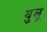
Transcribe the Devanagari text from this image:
युलू